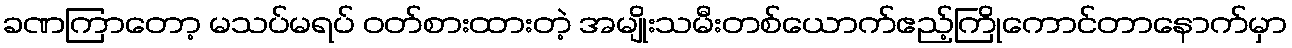
ခဏကြာတော့ မသပ်မရပ် ဝတ်စားထားတဲ့ အမျိုးသမီးတစ်ယောက်ဧည့်ကြိုကောင်တာနောက်မှာ